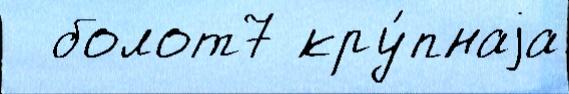
  болот7 кру́пнаjа